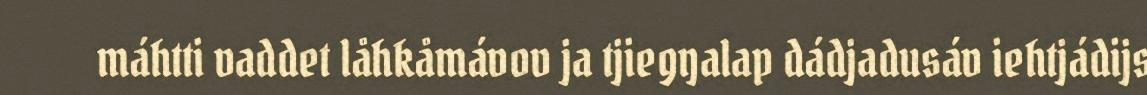
máhtti vaddet låhkåmávov ja tjiegŋalap dádjadusáv iehtjádijs